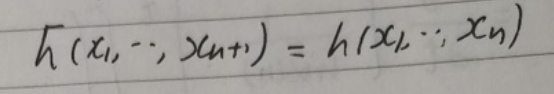
\[ h(x_1, \cdots, x_{n+1}) = h(x_1, \cdots, x_n) \]